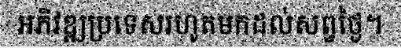
អភិវឌ្ឍប្រទេសរហូតមកដល់សព្វថ្ងៃ។